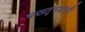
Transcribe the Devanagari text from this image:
पख़्तूनवाली